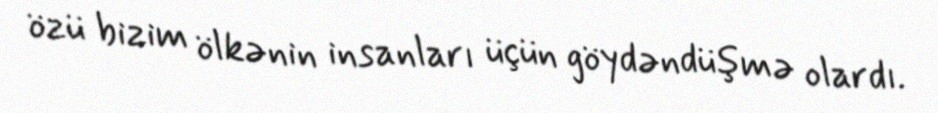
özü bizim ölkənin insanları üçün göydəndüşmə olardı.